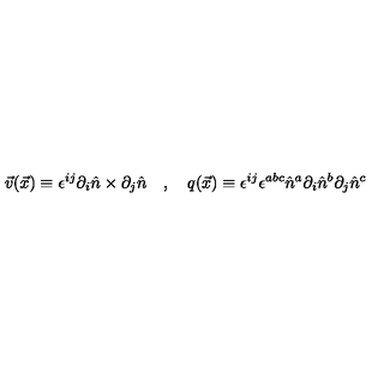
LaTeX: \vec { v } ( \vec { x } ) \equiv \epsilon ^ { i j } \partial _ { i } \hat { n } \times \partial _ { j } \hat { n } \quad , \quad q ( \vec { x } ) \equiv \epsilon ^ { i j } \epsilon ^ { a b c } \hat { n } ^ { a } \partial _ { i } \hat { n } ^ { b } \partial _ { j } \hat { n } ^ { c }